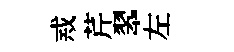
𢦶芹翆左